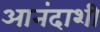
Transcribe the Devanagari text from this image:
आनंदाशी